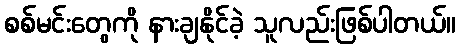
စစ်မင်းတွေကို နားချနိုင်ခဲ့ သူလည်းဖြစ်ပါတယ်။